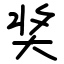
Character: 奖